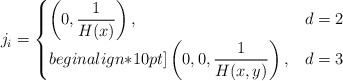
\begin{align*} j_i=\begin{cases}\displaystyle \left(0,\frac{1}{H(x)}\right), & d=2\\begin{align*}10pt]\displaystyle \left(0,0,\frac{1}{H(x,y)}\right), & d=3\end{cases} \end{align*}